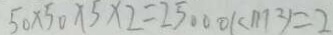
5 0 \times 5 0 \times 5 \times 2 = 2 5 0 0 0 ( c m ^ { 2 } ) = 2